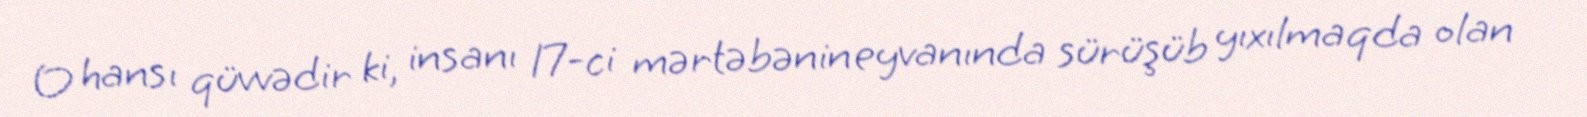
O hansı qüvvədir ki, insanı 17-ci mərtəbənin eyvanında sürüşüb yıxılmaqda olan